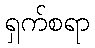
ရှက်စရာ